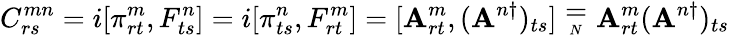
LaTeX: C_{rs}^{mn}=i[\pi_{rt}^{m},F_{ts}^{n}]=i[\pi_{ts}^{n},F_{rt}^{m}]=[\mathbf{A}_{rt}^{m},(\mathbf{A}^{n\dagger})_{ts}]\stackrel{_{\textstyle=}}{_{_{N}}}\mathbf{A}_{rt}^{m}(\mathbf{A}^{n\dagger})_{ts}